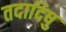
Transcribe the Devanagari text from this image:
तदादिषु